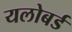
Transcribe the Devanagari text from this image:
यलोबर्ड